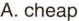
A. cheap